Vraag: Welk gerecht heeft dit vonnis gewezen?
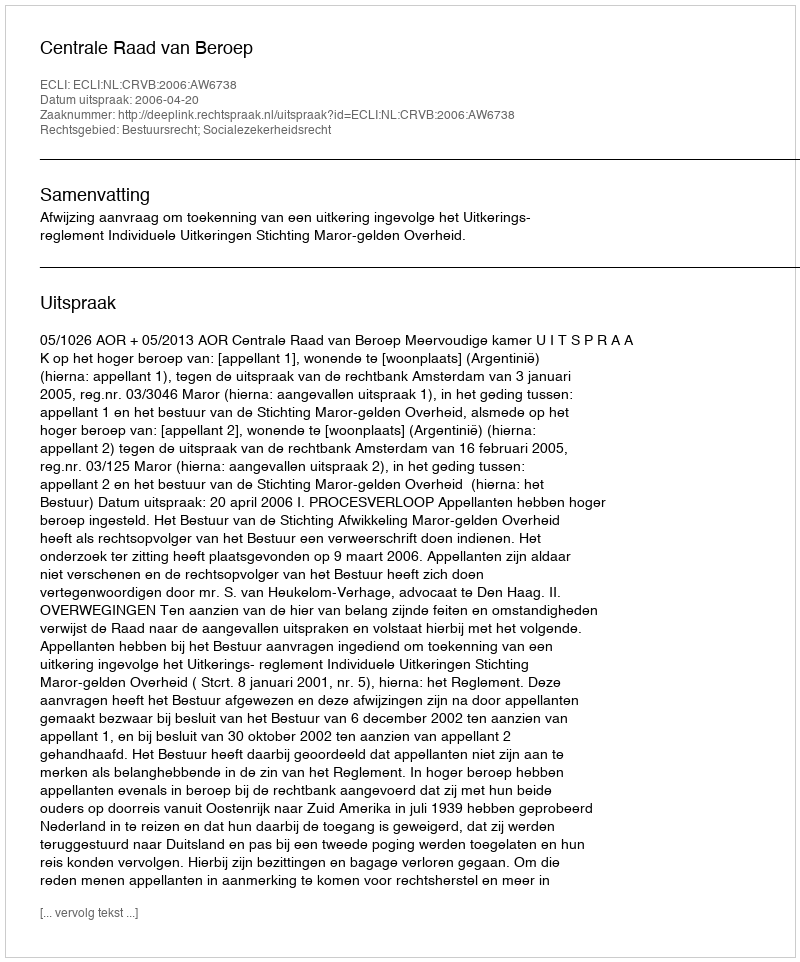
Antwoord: Centrale Raad van Beroep